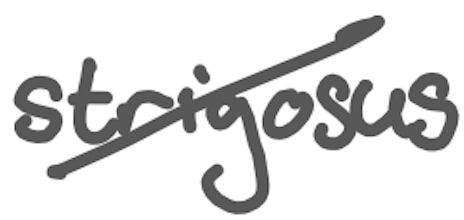
Text: strigosus
Cross-out: diagonal
Writing tool: digital_gray